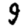
Digit: 9